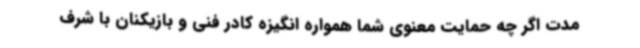
مدت اگر چه حمایت معنوی شما همواره انگیزه کادر فنی و بازیکنان با شرف